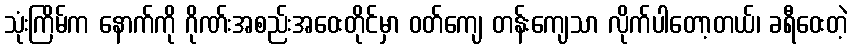
သုံးကြိမ်က နောက်ကို ဂိုဏ်းအစည်းအဝေးတိုင်မှာ ဝတ်ကျေ တန်းကျေသာ လိုက်ပါတော့တယ်၊ ခရီဝေးတဲ့